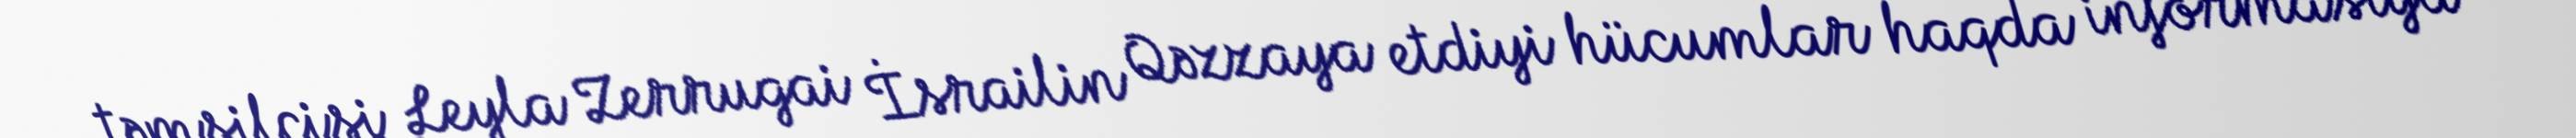
təmsilçisi Leyla Zerrugai İsrailin Qəzzaya etdiyi hücumlar haqda informasiya